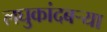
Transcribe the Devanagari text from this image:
लघुकांदबर्‍या